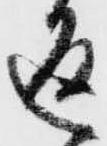
通